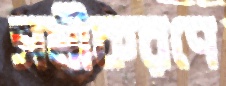
সমীকরণে